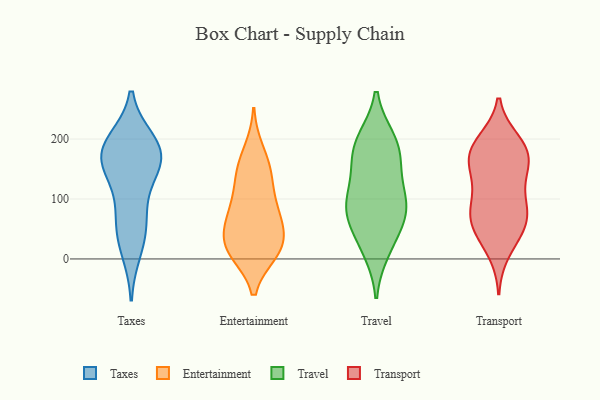
{"axis": {"x": "Active Users", "y": "Value"}, "legend": ["Entertainment", "Taxes", "Transport", "Travel"], "data": [{"x": "", "y": 15, "type": "Taxes"}, {"x": "", "y": 194, "type": "Taxes"}, {"x": "", "y": 173, "type": "Taxes"}, {"x": "", "y": 174, "type": "Taxes"}, {"x": "", "y": 195, "type": "Taxes"}, {"x": "", "y": 168, "type": "Taxes"}, {"x": "", "y": 47, "type": "Taxes"}, {"x": "", "y": 97, "type": "Taxes"}, {"x": "", "y": 59, "type": "Taxes"}, {"x": "", "y": 148, "type": "Taxes"}, {"x": "", "y": 163, "type": "Taxes"}, {"x": "", "y": 12, "type": "Entertainment"}, {"x": "", "y": 12, "type": "Entertainment"}, {"x": "", "y": 75, "type": "Entertainment"}, {"x": "", "y": 80, "type": "Entertainment"}, {"x": "", "y": 130, "type": "Entertainment"}, {"x": "", "y": 25, "type": "Entertainment"}, {"x": "", "y": 93, "type": "Entertainment"}, {"x": "", "y": 180, "type": "Entertainment"}, {"x": "", "y": 19, "type": "Entertainment"}, {"x": "", "y": 17, "type": "Entertainment"}, {"x": "", "y": 151, "type": "Entertainment"}, {"x": "", "y": 58, "type": "Entertainment"}, {"x": "", "y": 49, "type": "Entertainment"}, {"x": "", "y": 144, "type": "Entertainment"}, {"x": "", "y": 27, "type": "Travel"}, {"x": "", "y": 83, "type": "Travel"}, {"x": "", "y": 116, "type": "Travel"}, {"x": "", "y": 89, "type": "Travel"}, {"x": "", "y": 64, "type": "Travel"}, {"x": "", "y": 155, "type": "Travel"}, {"x": "", "y": 95, "type": "Travel"}, {"x": "", "y": 199, "type": "Travel"}, {"x": "", "y": 199, "type": "Travel"}, {"x": "", "y": 75, "type": "Travel"}, {"x": "", "y": 162, "type": "Travel"}, {"x": "", "y": 185, "type": "Travel"}, {"x": "", "y": 14, "type": "Travel"}, {"x": "", "y": 171, "type": "Transport"}, {"x": "", "y": 56, "type": "Transport"}, {"x": "", "y": 12, "type": "Transport"}, {"x": "", "y": 103, "type": "Transport"}, {"x": "", "y": 196, "type": "Transport"}, {"x": "", "y": 146, "type": "Transport"}, {"x": "", "y": 172, "type": "Transport"}, {"x": "", "y": 48, "type": "Transport"}, {"x": "", "y": 179, "type": "Transport"}, {"x": "", "y": 147, "type": "Transport"}, {"x": "", "y": 180, "type": "Transport"}, {"x": "", "y": 78, "type": "Transport"}, {"x": "", "y": 70, "type": "Transport"}, {"x": "", "y": 89, "type": "Transport"}, {"x": "", "y": 197, "type": "Transport"}, {"x": "", "y": 40, "type": "Transport"}, {"x": "", "y": 77, "type": "Transport"}, {"x": "", "y": 135, "type": "Transport"}]}